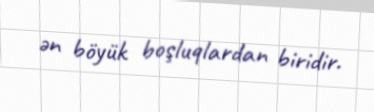
ən böyük boşluqlardan biridir.